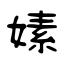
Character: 嫊